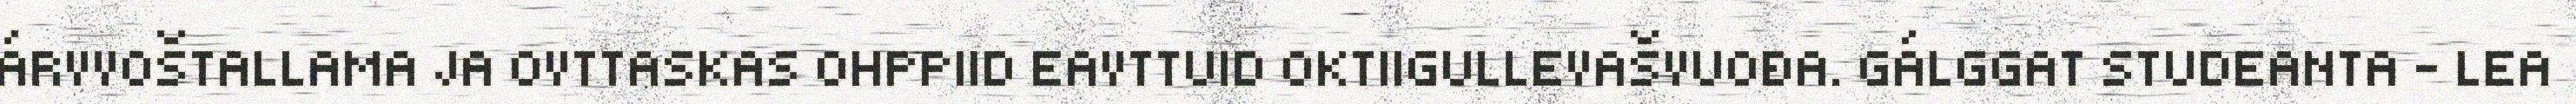
ÁRVVOŠTALLAMA JA OVTTASKAS OHPPIID EAVTTUID OKTIIGULLEVAŠVUOĐA. GÁLGGAT STUDEANTA - LEA